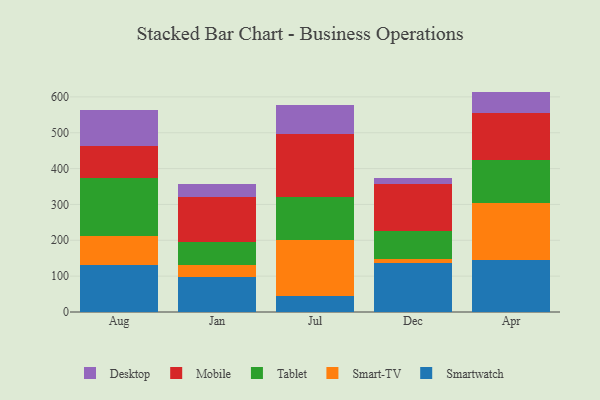
{"axis": {"x": "Month", "y": "Headcount"}, "legend": ["Desktop", "Mobile", "Smart-TV", "Smartwatch", "Tablet"], "data": [{"x": "Aug", "y": 130.8, "type": "Smartwatch"}, {"x": "Aug", "y": 80.5, "type": "Smart-TV"}, {"x": "Aug", "y": 161.4, "type": "Tablet"}, {"x": "Aug", "y": 90.6, "type": "Mobile"}, {"x": "Aug", "y": 99.7, "type": "Desktop"}, {"x": "Jan", "y": 98.8, "type": "Smartwatch"}, {"x": "Jan", "y": 31.2, "type": "Smart-TV"}, {"x": "Jan", "y": 65.7, "type": "Tablet"}, {"x": "Jan", "y": 124.5, "type": "Mobile"}, {"x": "Jan", "y": 36.2, "type": "Desktop"}, {"x": "Jul", "y": 44.4, "type": "Smartwatch"}, {"x": "Jul", "y": 157.7, "type": "Smart-TV"}, {"x": "Jul", "y": 118.3, "type": "Tablet"}, {"x": "Jul", "y": 177.4, "type": "Mobile"}, {"x": "Jul", "y": 79.7, "type": "Desktop"}, {"x": "Dec", "y": 135.7, "type": "Smartwatch"}, {"x": "Dec", "y": 11.4, "type": "Smart-TV"}, {"x": "Dec", "y": 78.5, "type": "Tablet"}, {"x": "Dec", "y": 131.5, "type": "Mobile"}, {"x": "Dec", "y": 18.0, "type": "Desktop"}, {"x": "Apr", "y": 146.2, "type": "Smartwatch"}, {"x": "Apr", "y": 158.1, "type": "Smart-TV"}, {"x": "Apr", "y": 120.6, "type": "Tablet"}, {"x": "Apr", "y": 131.0, "type": "Mobile"}, {"x": "Apr", "y": 58.8, "type": "Desktop"}]}